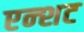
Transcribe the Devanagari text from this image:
एन्शट